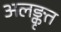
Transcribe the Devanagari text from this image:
अलङ्कृत